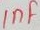
Text: 1nF